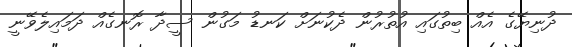
ދުނިޔޭގެ އެއް ބިތުގައި އުތުރުން ދެކުނަށް ކަނޑު މަގުން ސީދާ ރޮނގެއް ދަމައިލެވޭނީ